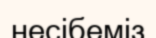
несібеміз